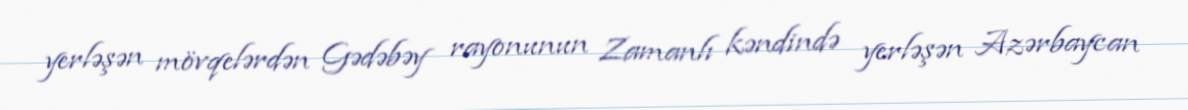
yerləşən mövqelərdən Gədəbəy rayonunun Zamanlı kəndində yerləşən Azərbaycan